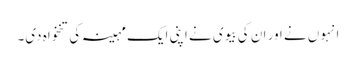
انہوں نے اور ان کی بیوی نے اپنی ایک مہینہ کی تنخواہ دی۔